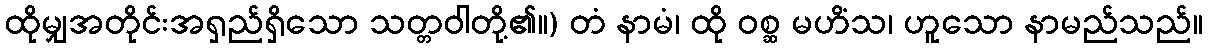
ထိုမျှအတိုင်းအရှည်ရှိသော သတ္တဝါတို့၏။) တံ နာမံ၊ ထို ဝစ္ဆ မဟိံသ၊ ဟူသော နာမည်သည်။